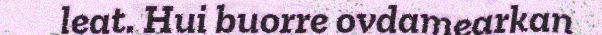
leat. Hui buorre ovdamearkan